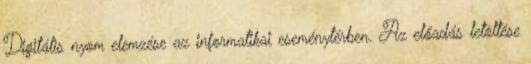
Digitális nyom elemzése az informatikai eseménytérben. Az előadás letöltése